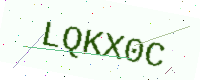
Text: LQKX0C